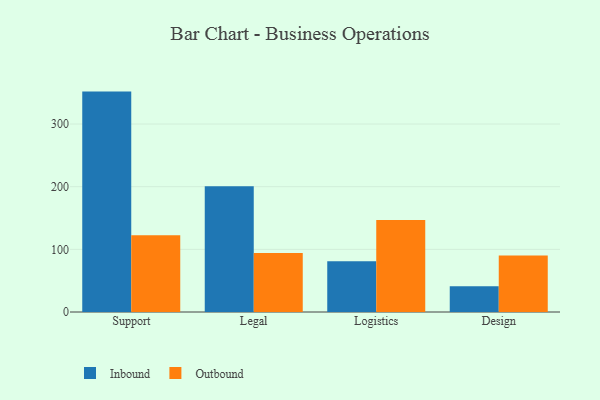
{"axis": {"x": "Department", "y": "Headcount"}, "legend": ["Inbound", "Outbound"], "data": [{"x": "Support", "y": 351.8, "type": "Inbound"}, {"x": "Support", "y": 122.5, "type": "Outbound"}, {"x": "Legal", "y": 200.8, "type": "Inbound"}, {"x": "Legal", "y": 94.0, "type": "Outbound"}, {"x": "Logistics", "y": 81.0, "type": "Inbound"}, {"x": "Logistics", "y": 146.9, "type": "Outbound"}, {"x": "Design", "y": 41.1, "type": "Inbound"}, {"x": "Design", "y": 90.0, "type": "Outbound"}]}